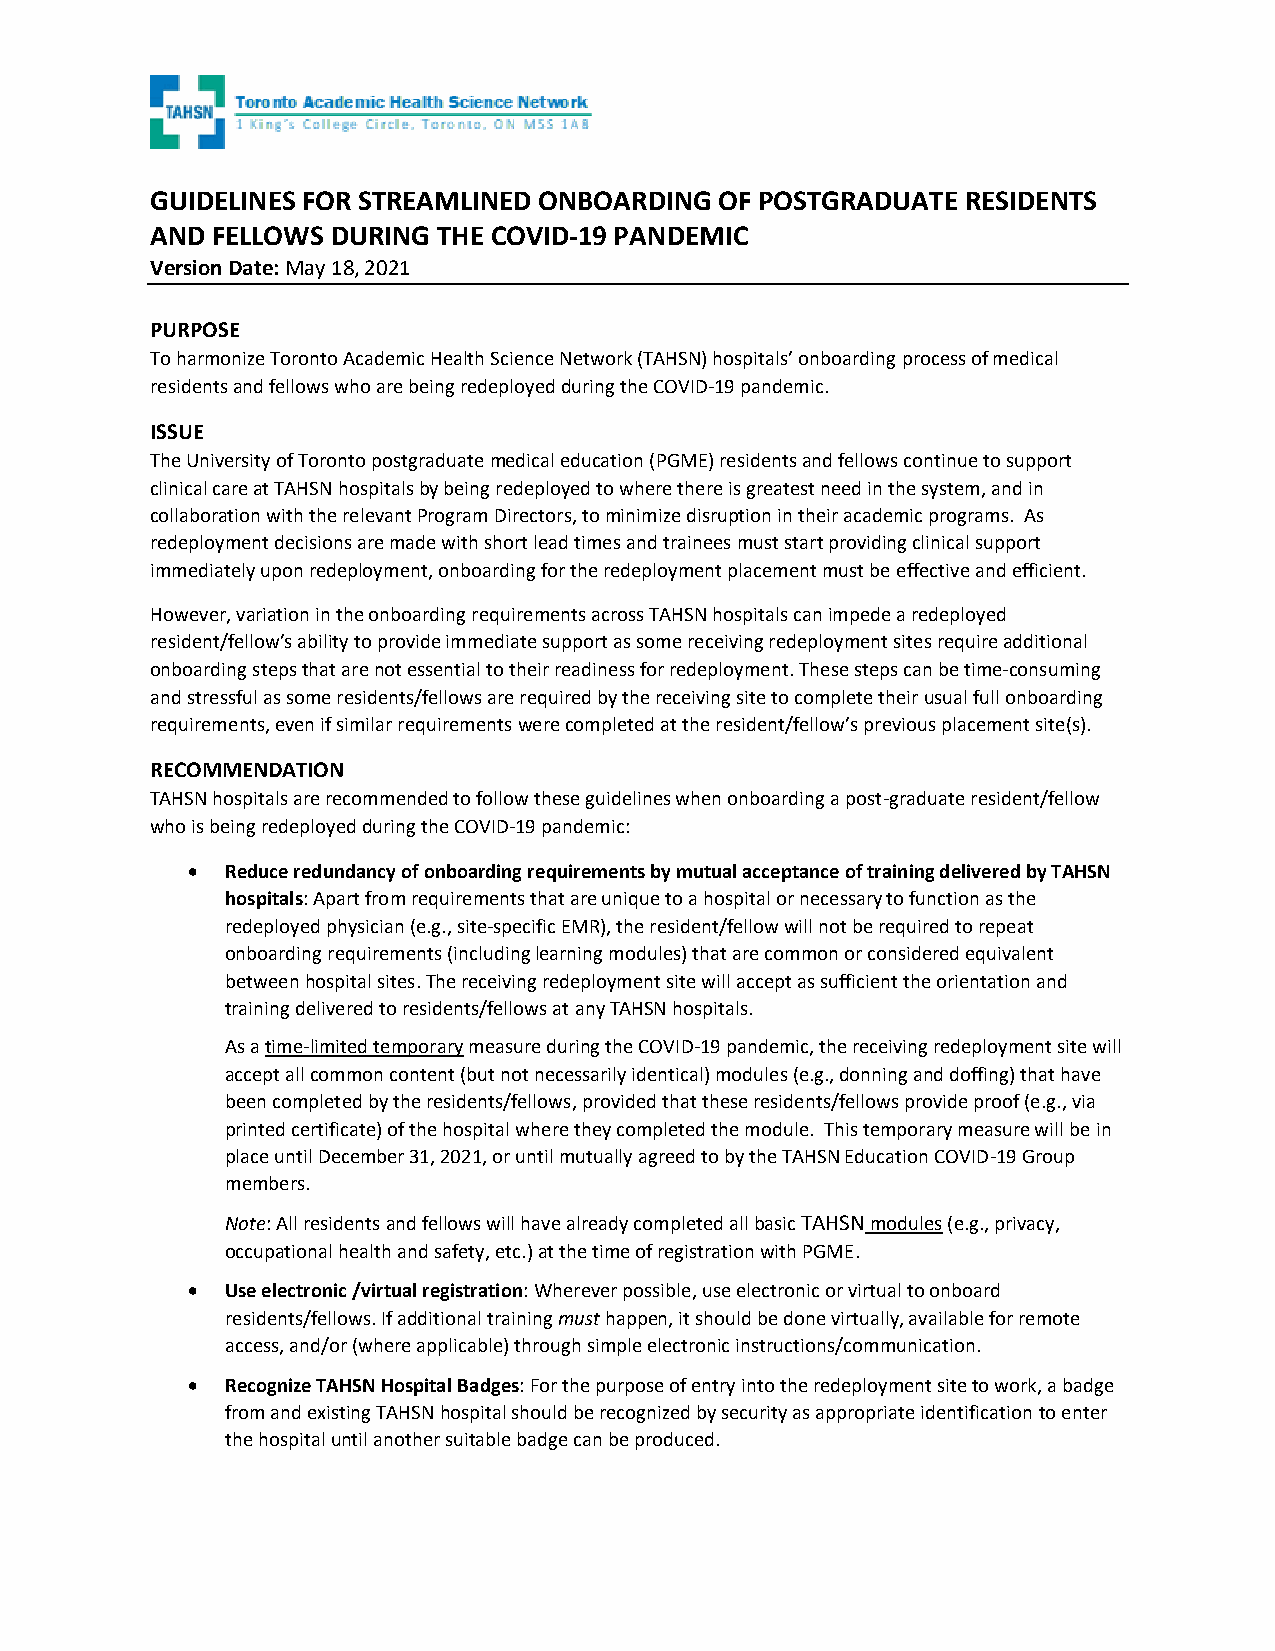
GUIDELINES FOR STREAMLINED ONBOARDING OF POSTGRADUATE RESIDENTS
 AND FELLOWS DURING THE COVID-19 PANDEMIC
 Version Date: May 18, 2021
 PURPOSE
 To harmonize Toronto Academic Health Science Network (TAHSN) hospitals’ onboarding process of medical
 residents and fellows who are being redeployed during the COVID-19 pandemic.
 ISSUE
 The University of Toronto postgraduate medical education (PGME) residents and fellows continue to support
 clinical care at TAHSN hospitals by being redeployed to where there is greatest need in the system, and in
 collaboration with the relevant Program Directors, to minimize disruption in their academic programs. As
 redeployment decisions are made with short lead times and trainees must start providing clinical support
 immediately upon redeployment, onboarding for the redeployment placement must be effective and efficient.
 However, variation in the onboarding requirements across TAHSN hospitals can impede a redeployed
 resident/fellow’s ability to provide immediate support as some receiving redeployment sites require additional
 onboarding steps that are not essential to their readiness for redeployment. These steps can be time-consuming
 and stressful as some residents/fellows are required by the receiving site to complete their usual full onboarding
 requirements, even if similar requirements were completed at the resident/fellow’s previous placement site(s).
 RECOMMENDATION
 TAHSN hospitals are recommended to follow these guidelines when onboarding a post-graduate resident/fellow
 who is being redeployed during the COVID-19 pandemic:
 •  Reduce redundancy of onboarding requirements by mutual acceptance of training delivered by TAHSN
 hospitals: Apart from requirements that are unique to a hospital or necessary to function as the
 redeployed physician (e.g., site-specific EMR), the resident/fellow will not be required to repeat
 onboarding requirements (including learning modules) that are common or considered equivalent
 between hospital sites. The receiving redeployment site will accept as sufficient the orientation and
 training delivered to residents/fellows at any TAHSN hospitals.
 As a time-limited temporary measure during the COVID-19 pandemic, the receiving redeployment site will
 accept all common content (but not necessarily identical) modules (e.g., donning and doffing) that have
 been completed by the residents/fellows, provided that these residents/fellows provide proof (e.g., via
 printed certificate) of the hospital where they completed the module. This temporary measure will be in
 place until December 31, 2021, or until mutually agreed to by the TAHSN Education COVID-19 Group
 members.
 Note: All residents and fellows will have already completed all basic TAHSN modules (e.g., privacy,
 occupational health and safety, etc.) at the time of registration with PGME.
 •  Use electronic /virtual registration: Wherever possible, use electronic or virtual to onboard
 residents/fellows. If additional training must happen, it should be done virtually, available for remote
 access, and/or (where applicable) through simple electronic instructions/communication.
 •  Recognize TAHSN Hospital Badges: For the purpose of entry into the redeployment site to work, a badge
 from and existing TAHSN hospital should be recognized by security as appropriate identification to enter
 the hospital until another suitable badge can be produced.